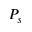
P _ { s }